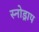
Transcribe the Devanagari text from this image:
स्नोड्राप